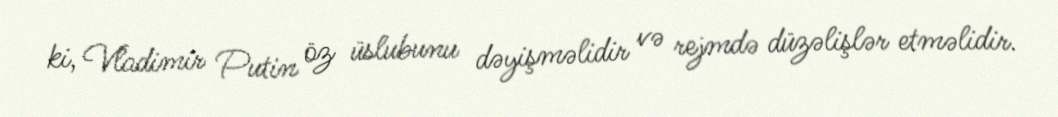
ki, Vladimir Putin öz üslubunu dəyişməlidir və rejmdə düzəlişlər etməlidir.